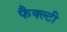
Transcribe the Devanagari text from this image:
फैक्ल्टी